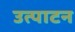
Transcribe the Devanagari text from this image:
उत्पाटन